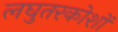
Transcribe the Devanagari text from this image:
लघुतरकोशों